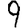
Digit: 9